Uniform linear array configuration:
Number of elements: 48
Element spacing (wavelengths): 0.5
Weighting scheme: hamming
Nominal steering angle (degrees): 15
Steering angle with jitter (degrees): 13.733
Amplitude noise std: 0.05
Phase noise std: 0.05

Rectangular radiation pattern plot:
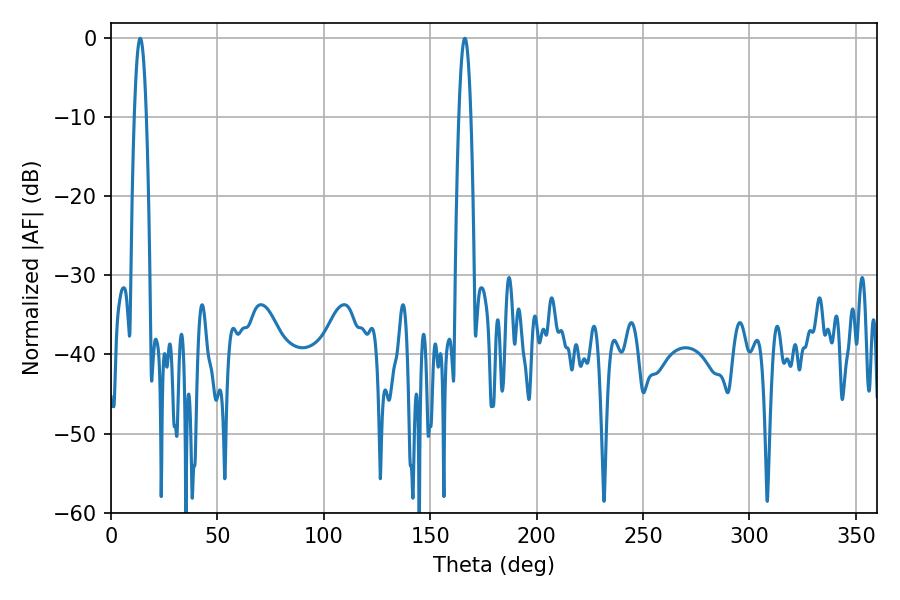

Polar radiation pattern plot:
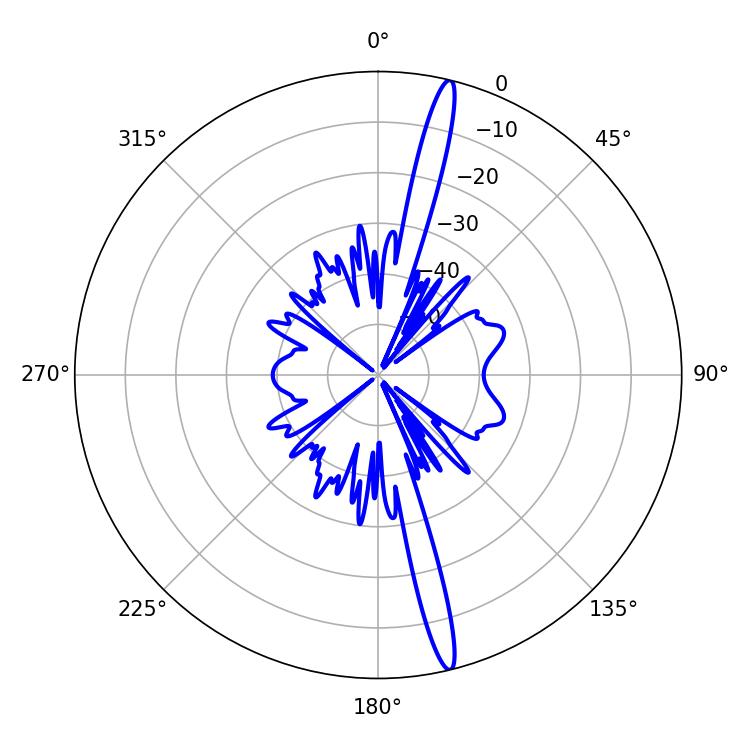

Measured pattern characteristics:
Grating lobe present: FALSE
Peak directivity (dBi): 18.501
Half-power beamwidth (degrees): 3.06
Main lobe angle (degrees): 13.68